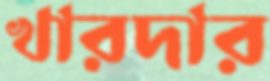
খারদার